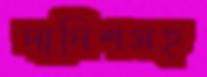
দানিশসহ